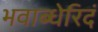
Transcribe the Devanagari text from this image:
भवाब्धेरिदं